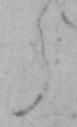
ら